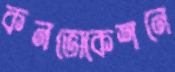
কনভোকেশনে